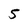
Character: 5